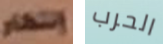
إنتظار الحرب